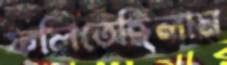
ফলিতেছিলাম